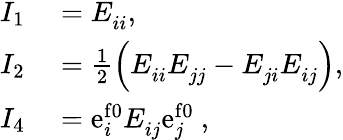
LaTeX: \begin{array}{rl}{I_{1}}&{{}=E_{ii}^{\phantom{}},}\\ {I_{2}}&{{}=\frac{1}{2}\left(E_{ii}^{\phantom{}}E_{jj}^{\phantom{}}-E_{ji}^{\phantom{}}E_{ij}^{\phantom{}}\right),}\\ {I_{4}}&{{}={\mathrm{e}}_{i}^{\mathrm{f0}}E_{ij}^{\phantom{}}{\mathrm{e}}_{j}^{\mathrm{f0}}\ ,}\end{array}